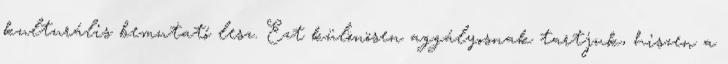
kulturális bemutató lesz. Ezt különösen aggályosnak tartjuk, hiszen a